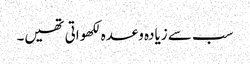
سب سے زیادہ وعدہ لکھواتی تھیں۔